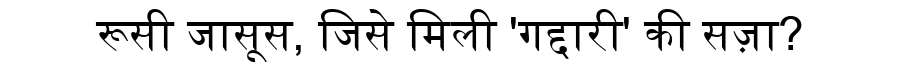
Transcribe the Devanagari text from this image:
रूसी जासूस, जिसे मिली 'गद्दारी' की सज़ा?